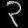
Digit: ၃